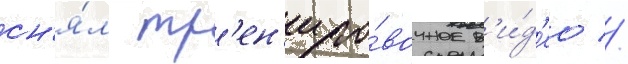
сн'я́л тр'ен'иро́вочное в'и́д'ео //